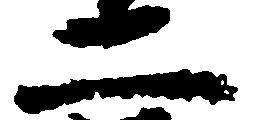
二